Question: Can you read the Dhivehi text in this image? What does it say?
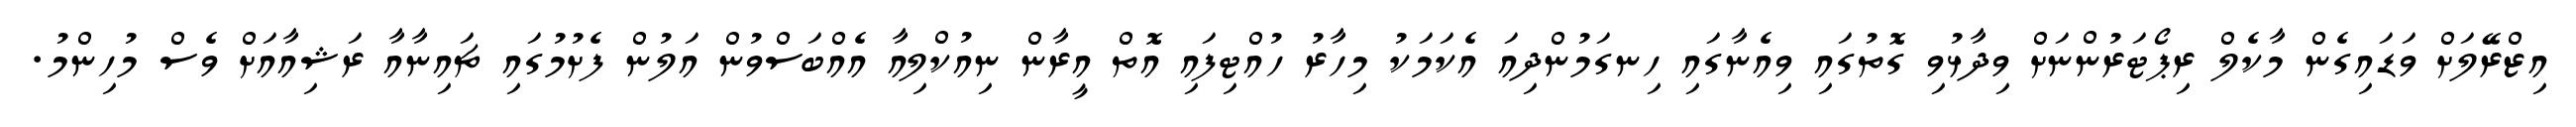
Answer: އިޒްރޭލަށް ވަޑައިގެން މާކެލް ރިޕޯޓަރުންނަށް ވިދާޅުވި ގޮތުގައި ވިއެނާގައި ހިނގަމުންދިއަ އެކަމަކު މިހާރު ހުއްޓިފައި އޮތް އީރާން ނިއުކްލިއާ އެއްބަސްވުން އަލުން ފެށުމުގައި ޗައިނާއާ ރަޝިއާއަށް ވެސް މުހިންމު.